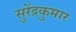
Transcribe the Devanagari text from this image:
सुरेंद्रकुमार